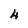
Character: 4